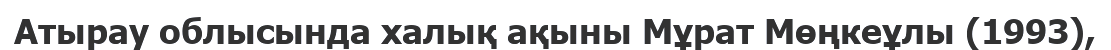
Атырау облысында халық ақыны Мұрат Мөңкеұлы (1993),